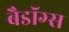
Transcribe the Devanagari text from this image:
बैडॉग्स